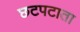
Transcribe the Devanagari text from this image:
छटपटाता